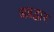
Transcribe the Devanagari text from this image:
अग्रद्वार